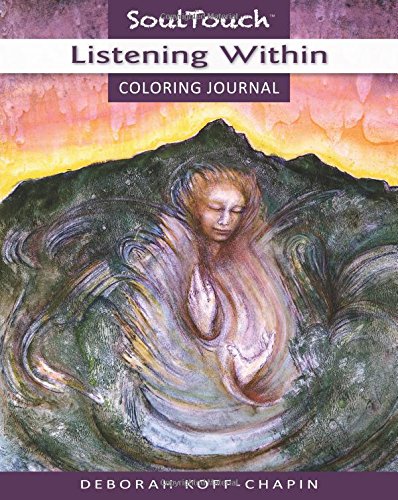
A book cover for LISTENING WITHIN: Soul Touch Coloring Journal; Deborah Koff-Chapin; Self-Help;